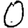
Digit: 0